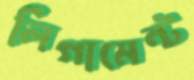
লিগামেন্ট